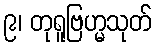
၉၊ တုရူဗြဟ္မသုတ်